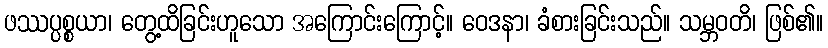
ဖဿပ္ပစ္စယာ၊ တွေ့ထိခြင်းဟူသော အကြောင်းကြောင့်။ ဝေဒနာ၊ ခံစားခြင်းသည်။ သမ္ဘဝတိ၊ ဖြစ်၏။